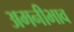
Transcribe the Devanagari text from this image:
अमनीभाव